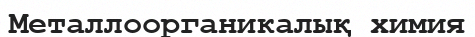
Металлоорганикалық химия